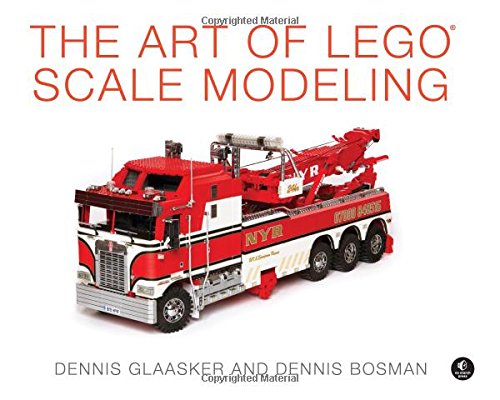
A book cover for The Art of LEGO Scale Modeling; Dennis Glaasker; Crafts, Hobbies & Home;